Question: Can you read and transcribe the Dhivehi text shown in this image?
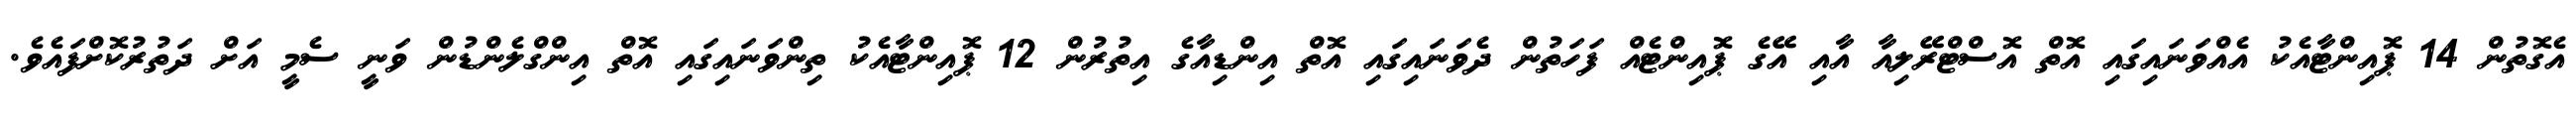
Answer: އެގޮތުން 14 ޕޮއިންޓާއެކު އެއްވަނައިގައި އޮތް އޮސްޓްރޭލިއާ އާއި އޭގެ ޕޮއިންޓެއް ފަހަތުން ދެވަނައިގައި އޮތް އިންޑިއާގެ އިތުރުން 12 ޕޮއިންޓާއެކު ތިންވަނައިގައި އޮތް އިންގްލެންޑުން ވަނީ ސެމީ އަށް ދަތުރުކޮށްފައެވެ.